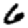
Digit: 6